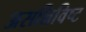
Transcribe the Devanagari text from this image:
असन्निविष्ट